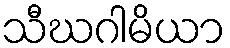
သီဃဂါမိယာ